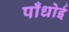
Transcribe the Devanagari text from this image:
पाँधोई